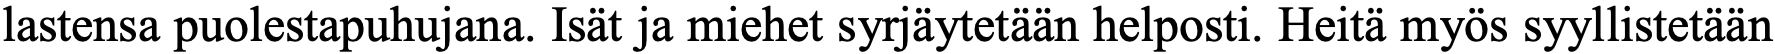
lastensa puolestapuhujana. Isät ja miehet syrjäytetään helposti. Heitä myös syyllistetään